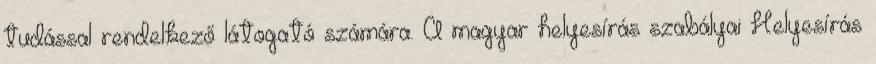
tudással rendelkező látogató számára. A magyar helyesírás szabályai Helyesírás